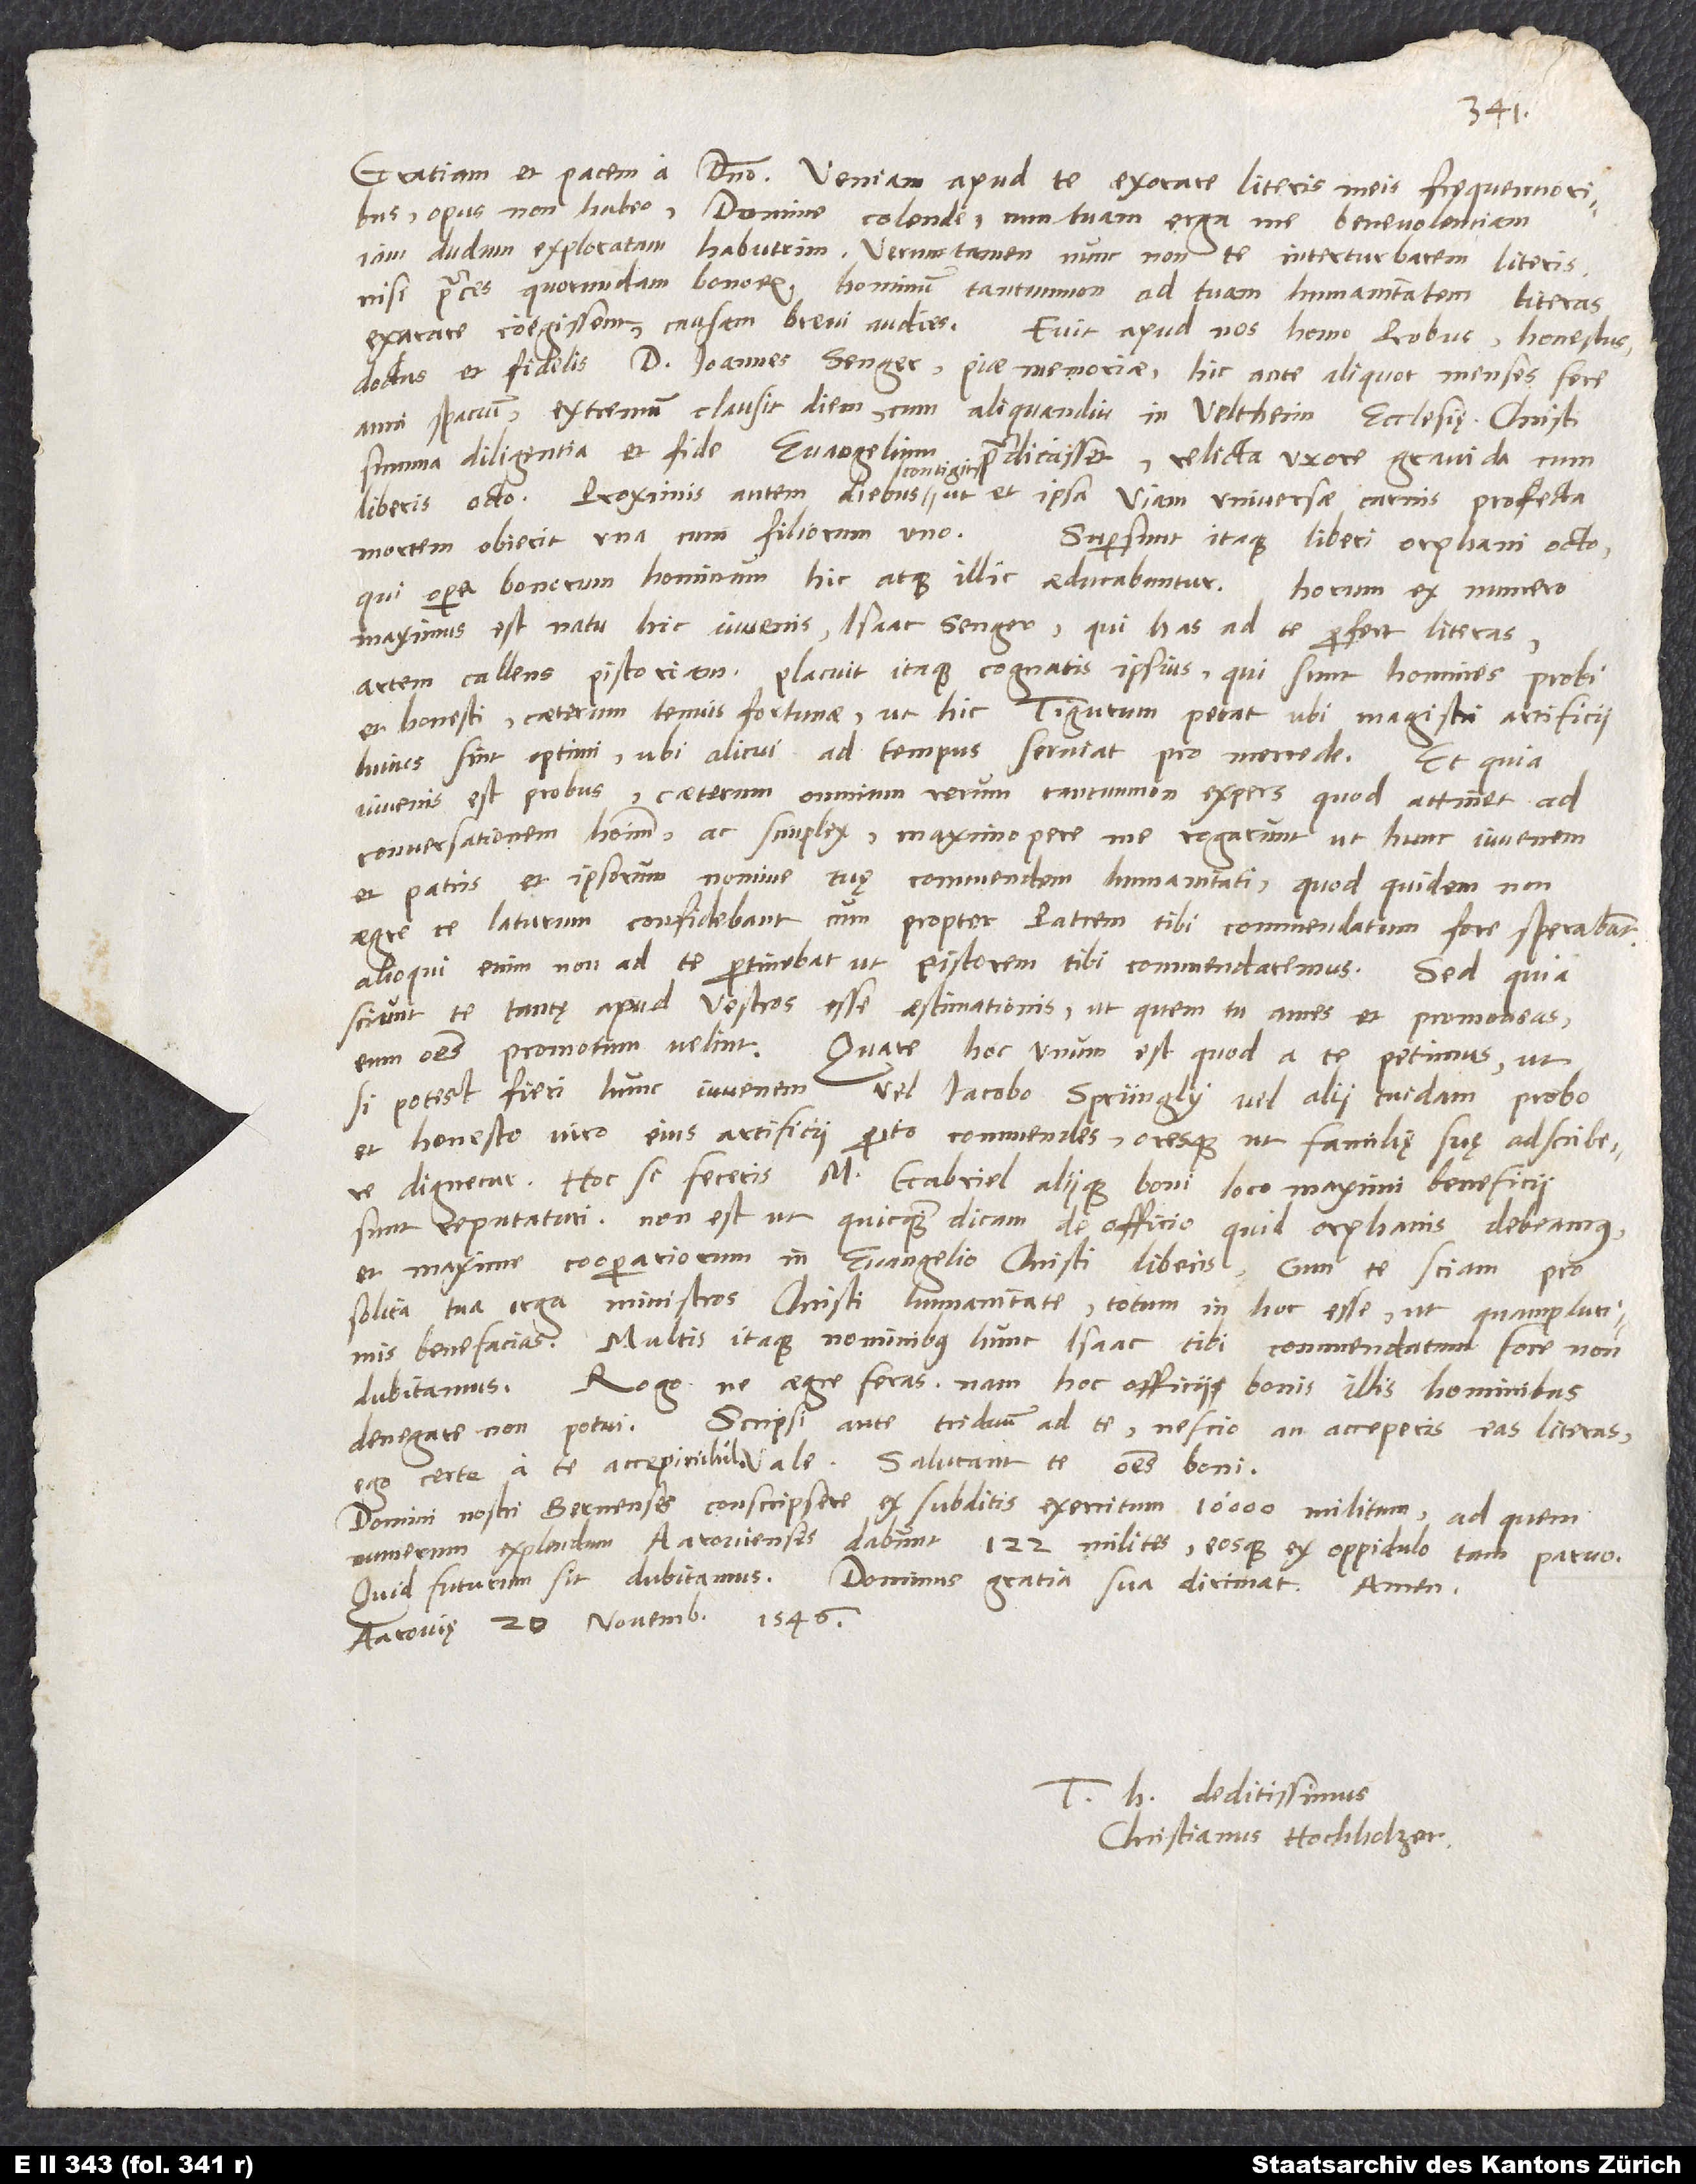
Graciam et pacem a domino. Veniam apud te exorare literis meis frequentioribus
opus non habeo, domine colende, cum tuam erga me benevolentiam
iam dudum exploratam habuerim. Verum tamen nunc non te interturbarem literis,
nisi preces quorundam bonorum hominum tantum non ad tuam humanitatem literas
exarare coegissent. Causam brevi audies.
Fuit apud nos homo probus, honestus,
doctus et fidelis, d. Ioannes Senger piae memoriae. Hic ante aliquot menses, fere
anni spacium, extremum clausit diem (cum aliquandiu in Veltheim ecclesię Christi
summa diligentia et fide evangelium
praedicasset) relicta uxore gravida cum
liberis octo. Proximis autem diebus contigit, ut et ipsa, viam universae carnis profecta,
mortem obierit una cum filiorum uno.
Supersunt itaque liberi orphani octo,
qui opera bonorum hominum hic atque illic aeducabuntur. Horum ex numero
maximus est natu hic iuvenis, Isaac Senger, qui has ad te perfert literas,
artem callens pistoriam. Placuit itaque cognatis ipsius, qui sunt homines probi
et honesti, caeterum tenuis fortunae, ut hic Tigurum petat, ubi magistri artificii
huius sint optimi, ubi alicui ad tempus serviat pro mercede. Et quia
iuvenis est probus, caeterum omnium rerum tantumnon expers, quod attinet ad
conversationem hominum, ac simplex, maximopere me rogarunt, ut hunc iuvenem
et patris et ipsorum nomine tuę commendem humanitati, quod quidem non
aegre te laturum confidebant, cum propter patrem tibi commendatum fore sperabant.
Alioqui enim non ad te pertinebat, ut pistorem tibi commendaremus. Sed quia
sciunt te tantę apud vestros esse aestimationis, ut, quem tu ames et promoveas,
eum omnes promotum velint, quare hoc unum est, quod a te petimus, ut,
si potest fieri, hunc iuvenem vel Iacobo Sprüngly, vel alii cuidam probo
et honesto viro eius artificii perito, commendes oresque, ut familię suę adscribere
dignetur. Hoc si feceris, m. Gabriel aliique boni loco maximi beneficii
sunt reputaturi. Non est, ut quicquam dicam de officio, quid orphanis debeamus
et maxime cooperariorum in evangelio Christi liberis, cum te sciam pro
solita tua erga ministros Christi humanitate totum in hoc esse, ut quamplurimis
benefacias. Multis itaque nominibus hunc Isaac tibi commendatum fore non
dubitamus. Rogo, ne aegre feras. Nam hoc officii bonis illis hominibus
denegare non potui. Scripsi ante triduum ad te. Nescio, an acceperis eas literas.
Ego certe a te accepi nihil. Vale. Salutant te omnes boni.
Domini nostri Bernenses conscripsere ex subditis exercitum 10’000 militum, ad quem
numerum explendum Aarovienses dabunt 122 milites, eosque ex oppidulo tam parvo!
Quid futurum sit, dubitamus. Dominus gratia sua dirimat. Amen.
Aarovię, 20. novembris 1546.
deditissimus
Christianus Hochholzer.